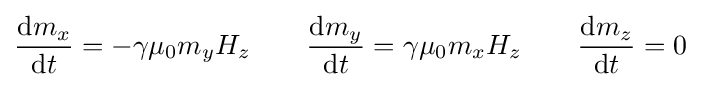
{\frac {\mathrm {d} m_{x}}{\mathrm {d} t}}=-\gamma \mu _{0}m_{y}H_{z}\qquad {\frac {\mathrm {d} m_{y}}{\mathrm {d} t}}=\gamma \mu _{0}m_{x}H_{z}\qquad {\frac {\mathrm {d} m_{z}}{\mathrm {d} t}}=0